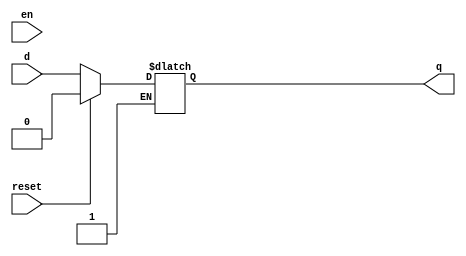
module d_latch(
  input d,
  input en,
  input reset,
  output q);
  reg q;
 
  always @(en)
    begin
      if(!reset) 
        q <= d;
      else if(reset)
        q <=1'b0;
    end
endmodule